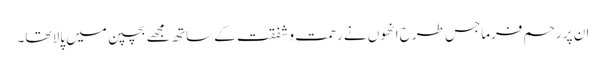
ان پر رحم فرماجس طرح انھوں نے رحمت و شفقت کے ساتھ مجھے بچپن میں پالا تھا۔